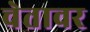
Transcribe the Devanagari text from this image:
चेतावर